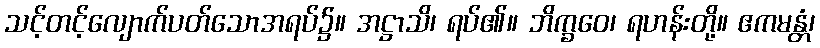
သင့်တင့်လျောက်ပတ်သောအရပ်၌။ အဋ္ဌာသိ၊ ရပ်၏။ ဘိက္ခဝေ၊ ရဟန်းတို့။ ဧကမန္တံ၊